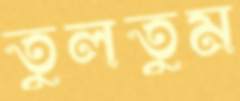
তুলতুম